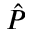
\hat { P }